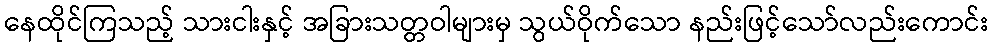
နေထိုင်ကြသည့် သားငါးနှင့် အခြားသတ္တဝါများမှ သွယ်ဝိုက်သော နည်းဖြင့်သော်လည်းကောင်း